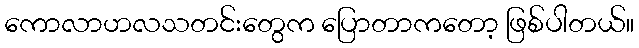
ကောလာဟလသတင်းတွေက ပြောတာကတော့ ဖြစ်ပါတယ်။